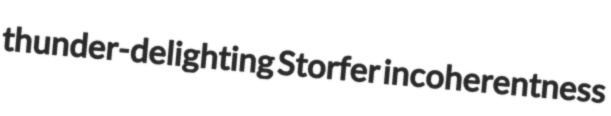
thunder-delighting Storfer incoherentness